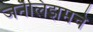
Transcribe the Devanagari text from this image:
जर्नॅलिझमचे